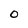
Character: O